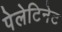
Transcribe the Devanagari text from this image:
पेलेटिनेट